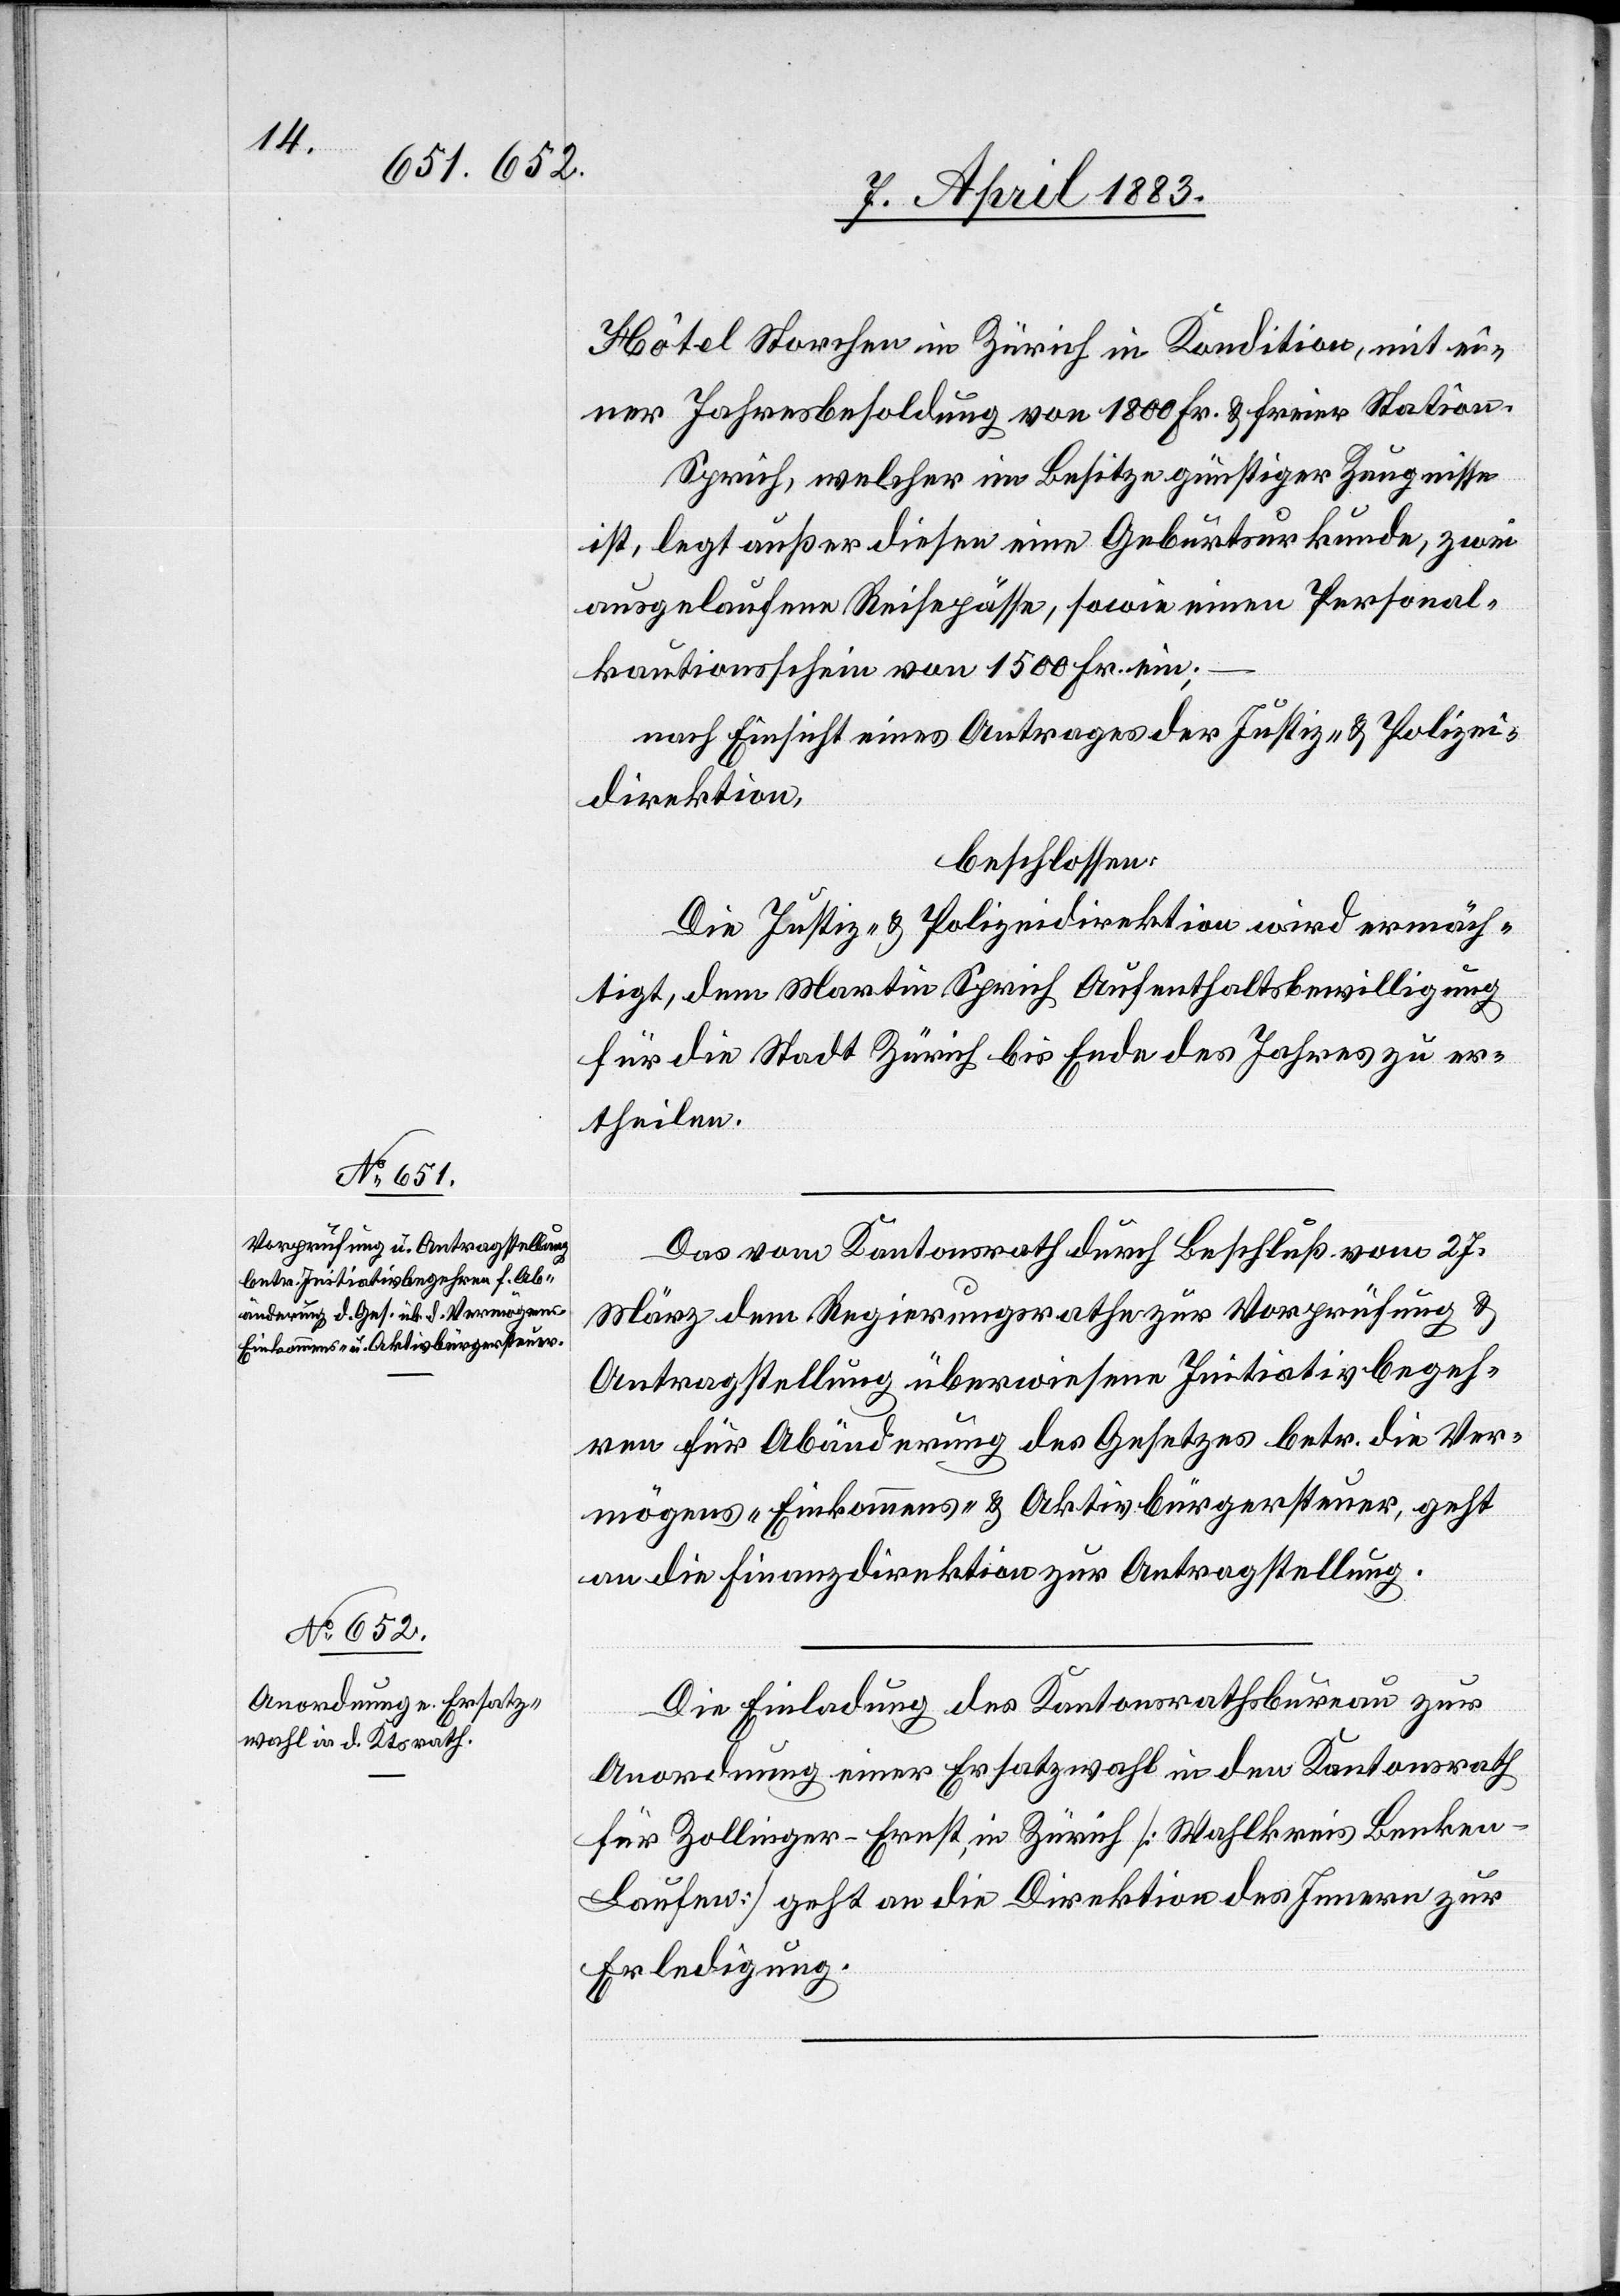
Hôtel Storchen in Zürich in Kondition, mit ei¬
ner Jahresbesoldung von 1800 Fr. & freier Station.
Sprich, welcher im Besitze günstiger Zeugnisse
ist, legt außer diesen eine Geburtsurkunde, zwei
ausgelaufene Reisepässe, sowie einen Personal¬
kautionsschein von 1500 Fr. ein;
nach Einsicht eines Antrages der Justiz- & Polizei¬
direktion,
beschlossen:
Die Justiz- & Polizeidirektion wird ermäch¬
tigt, dem Martin Sprich Aufenthaltsbewilligung
für die Stadt Zürich bis Ende des Jahres zu er¬
theilen.
Das vom Kantonsrath durch Beschluß vom 27.
März dem Regierungsrath zur Vorprüfung &
Antragstellung überwiesene Initiationsbegeh¬
ren für Abänderung des Gesetzes betr. die Ver¬
mögens-[,] Einkommens- & Aktivbürgersteuer, geht
an die Finanzdirektion zur Antragstellung.
Die Einladung des Kantonsrathsbureau zur
Anordnung einer Ersatzwahl in den Kantonsrath
für Zollinger-Ernst, in Zürich [Wahlkreis Benken-L¬
aufen] geht an die Direktion des Innern zur
Erledigung.